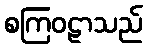
စကြဝဠာသည်